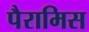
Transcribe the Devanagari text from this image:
पैरामिस